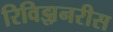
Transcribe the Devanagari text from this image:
रिविझ़नरीस